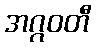
အဂ္ဂဝတီ